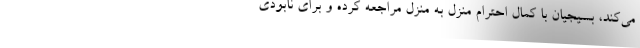
می‌کند، بسیجیان با کمال احترام منزل به منزل مراجعه کرده و برای نابودی